Scientific memoirs by medical officers of the Army of India - Part VIII,
Year: 1894
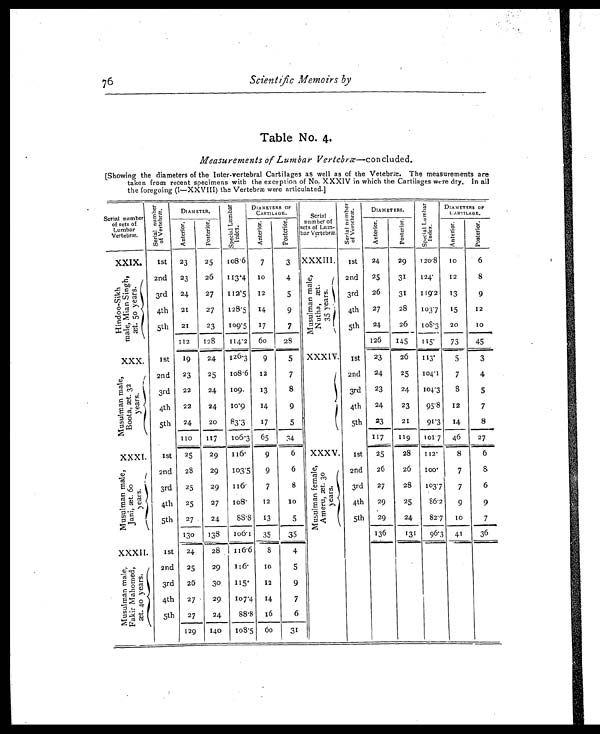
76
Scientific Memoirs by
Table No. 4.
Measurements of Lumbar Vertebræ—concluded.
[Showing the diameters of the Inter-vertebral Cartilages as well as of the Vetebræ. The measurements are
taken from recent specimens with the exception of No. XXXIV in which the Cartilages were dry. In all
the foregoing (I—XXVIII) the Vertebræ were articulated.]
Serial number
of sets of
Lumbar
Vertebræ.
S e r i a l n u m b e r
o f V e r t e b r æ .
DIAMETER.
S p e c i a l L u m b a r
I ndex.
DIAMETERS OF
CARTILAGE.
Serial
number of
sets of Lum-
bar Vertebræ.
S e r i a l n u m b e r
o f V e r t e b r æ . DIAMETERS.
S p e i c a l L u m b a r
I n d e x . DIAMETERS OF
ARTILAGE
.
A n t e r i o r . P o s t e r i o r .
A n t e r i o r .
P o s t e r i o r .
A n t e r i o r .
P o s t e r i o r .
A n t e r i o r .
P o s t e r i o r .
XXIX. 1st 23
25 108.6 7
3 XXXIII. 1st 24
29 120.8 10
6
H i n d o o - S i k h
m a l e M i a n S i n g h ,
æ t . 5 0 y e a r s .
2nd 23
26 113.4 10
4
Musul man mal e,
Nutha, æt.
35 years. 2nd 25
31 124. 12
8
3rd 24
27 112.5 12
5
3rd 26
31 119.2 13
9
4th 21
27 128.5 14
9
4th 27
28 103.7 15
12
5th 21
23 109.5 17
7
5th 24
26 108.3 20
10
112 128 114.2 60
28
126 145 115. 73
45
XXX. 1st 19
24 126.3 9
5 XXXIV. 1st 23
26 113.
5
3
M u s u l m a n m a l e
B o o t a , æ . 3 2
y e a r s . 2nd 23
25 108.6 12
7
2nd 24
25 104.1
7
4
3rd 22
24 109. 13
8
3rd 23
24 104.3
8
5
4th 22
24 10.9 14
9
4th 24
23
95.8 12
7
5th 24
20 83.3 17
5
5th 23
21
91.3 14
8
110 117 106.3 65 34
117 119 101.7 46
27
XXXI. 1st 25
29 116.
9
6 XXXV. 1st 25
28 112.
8
6
M u s u l m a n m a l e ,
J a n i , æ t . 6 0
y e a r s . 2nd 28
29 103.5 9
6
M u s u l m a n f e m a l e ,
A m e r u , æ . 3 0
y e a r s .
2nd 26
26
1 0 0 .
7
8
3rd 25
29 116.
7
8
3rd 27
28 103 . 7
7 6
4th 25
27 108. 12
10
4th 29
25
86.2 9
9
5th 27
24
88.8 13
5
5th 29
24
82.7 10
7
130 138 106.1 35
35
136
131 96.3 41
36
XXXII. 1st 24
28 116.6 8
4
M u s u l m a n m a l e ,
F a k i r M a h o m e d ,
æ t . 4 0 y e a r s .
2nd 25
29 116. 10
5
3rd 26
30 115. 12
9
4th 27
29 107.4 14
7
5th 27
24
88.8 16
6
129 540 108.5 60
31